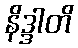
နိဒ္ဒါတိ